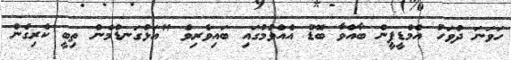
ހަވަނަ ދުވަހު އެމްޑީޕީން ބާއްވާ ބޮޑު އެއްވުމުގައި ބައިވެެރިވެ "އަޅުގަނޑުމެން ތިބީ ކެރިގެން